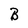
Character: B